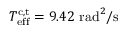
T _ { \mathrm { e f f } } ^ { \mathrm { c , t } } = 9 . 4 2 \ \mathrm { r a d } ^ { 2 } / \mathrm { s }